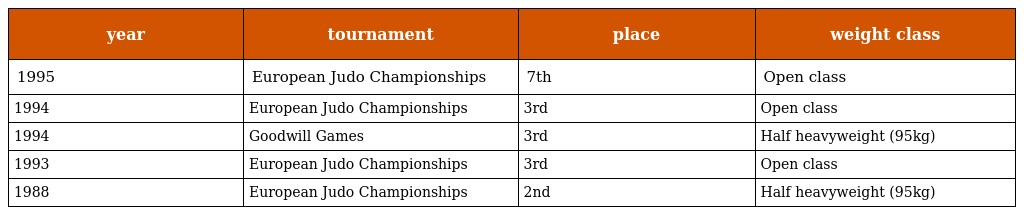
| year | tournament | place | weight class |
 | --- | --- | --- | --- |
 | 1995 | European Judo Championships | 7th | Open class |
 | 1994 | European Judo Championships | 3rd | Open class |
 | 1994 | Goodwill Games | 3rd | Half heavyweight (95kg) |
 | 1993 | European Judo Championships | 3rd | Open class |
 | 1988 | European Judo Championships | 2nd | Half heavyweight (95kg) |